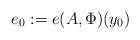
LaTeX: \begin{align*}e_0:=e(A,\Phi)(y_0)\end{align*}